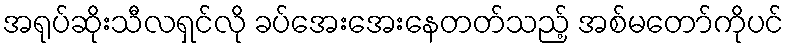
အရုပ်ဆိုးသီလရှင်လို ခပ်အေးအေးနေတတ်သည့် အစ်မတော်ကိုပင်